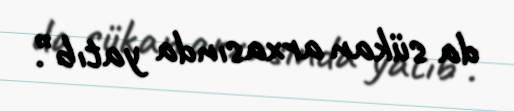
da sükan arxasında yatıb”.